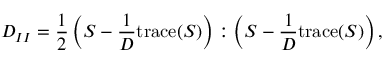
D _ { I I } = \frac { 1 } { 2 } \left( S - \frac { 1 } { D } \mathrm { t r a c e } ( S ) \right) : \left( S - \frac { 1 } { D } \mathrm { t r a c e } ( S ) \right) ,